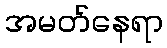
အမတ်နေရာ